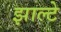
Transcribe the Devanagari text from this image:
झाल्टे